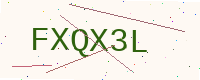
Text: FXQX3L